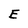
Character: E